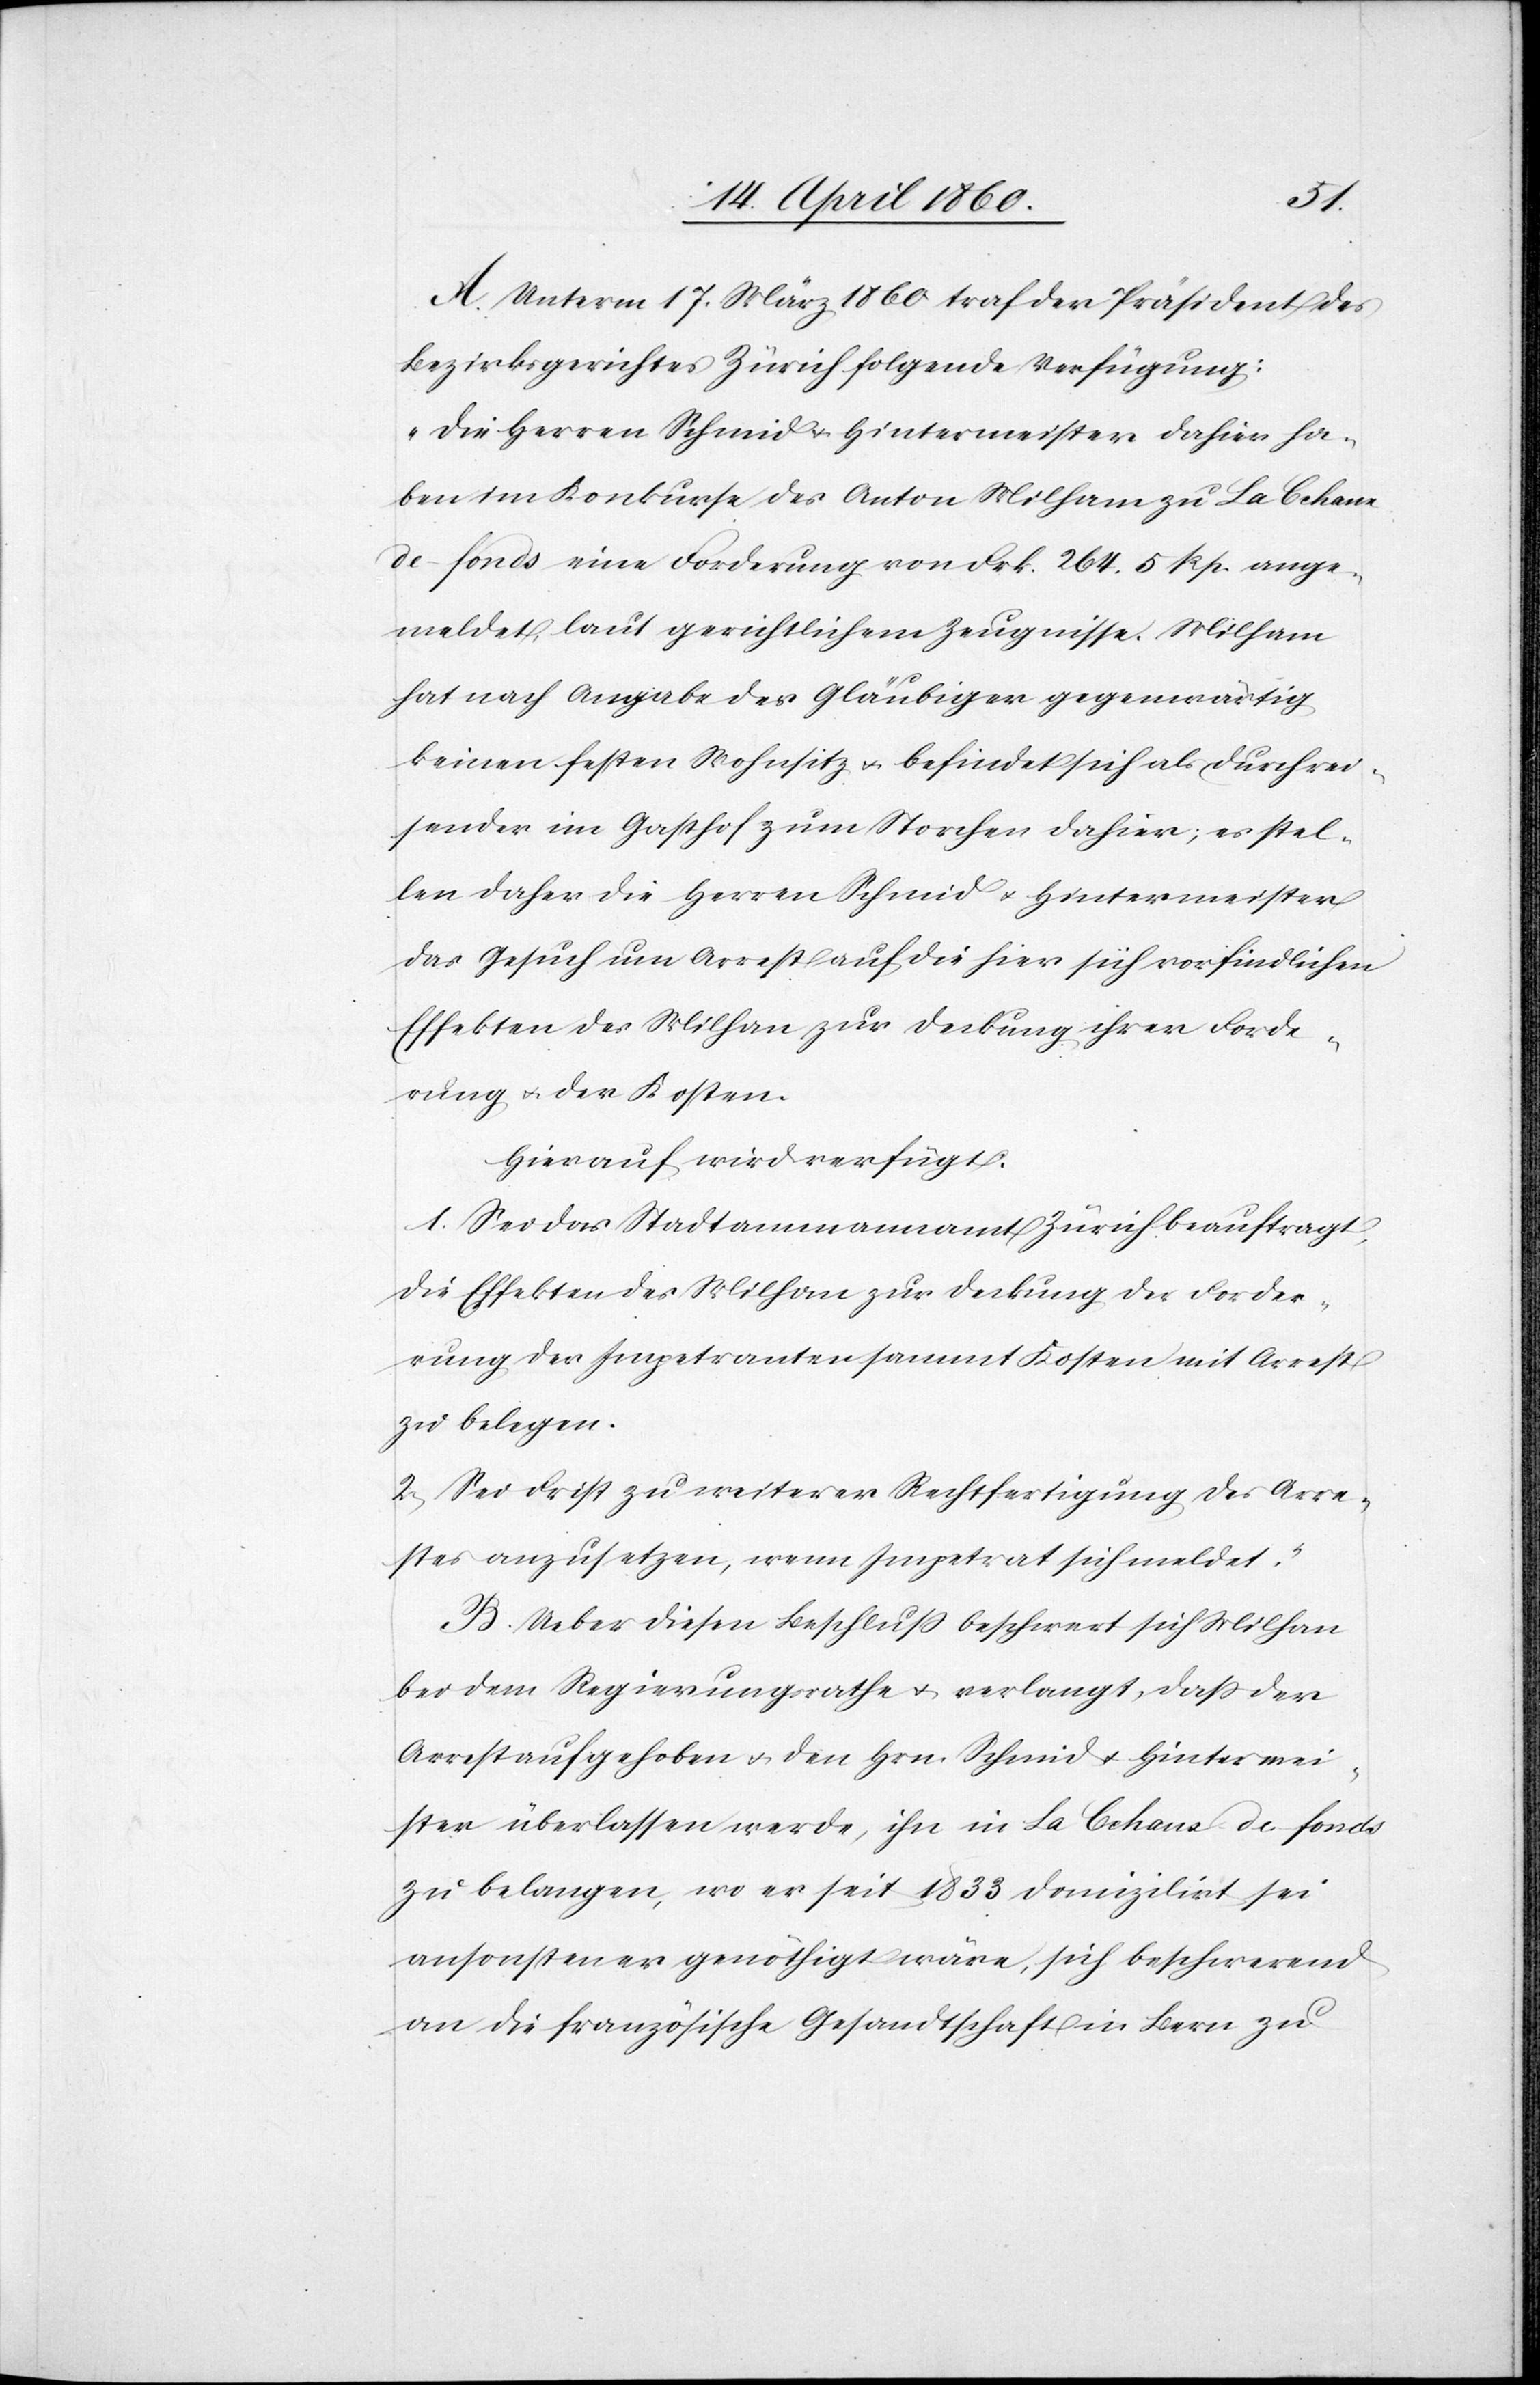
A. Unterm 17. März 1860 traf der Präsident des
Bezirksgerichtes Zürich folgende Verfügung:
„Die Herren Schmid u. Hintermeister dahier ha¬
ben im Konkurs des Anton Milham zu La Chaux
de fonds eine Forderung von Frk. 264. 5. Rp. ange¬
meldet, laut gerichtlichem Zeugnisse. Milham
hat nach Angabe des Gläubiger gegenwärtig
keinen festen Wohnsitz u. befindet sich als Durchrei¬
sender im Gasthof zum Storchen dahier; es stel¬
len daher die Herren Schmid u. Hintermeister
das Gesuch um Arrest auf die hier sich vorfindlichen
Effekten des Milhan [sic!] zur Deckung ihrer Forde¬
rung u. der Kosten.
Hierauf wird verfügt:
1. Sei das Stadtammannamt Zürich beauftragt,
die Effekten des Milham zur Deckung der Forder¬
ung der Impetranten sammt Kosten mit Arrest
zu belegen.
2. Sei Frist zu weiterer Rechtfertigung des Arre¬
stes anzusetzen, wenn Impetrat sich meldet.“
B. Ueber diesen Beschluss beschwert sich Milhan
bei dem Regierungsrathe u. verlangt, dass der
Arrest aufgehoben u. den Hrn. Schmid u. Hintermei¬
ster überlassen werde, ihn in La Chaux de fonds
zu belangen, wo er seit 1833 domilizirt sei
ansonsten er genöthigt wäre, sich beschwerend
an die französische Gesandtschaft in Bern zu